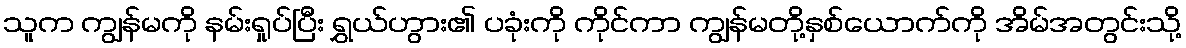
သူက ကျွန်မကို နမ်းရှုပ်ပြီး ရွှယ်ဟွား၏ ပခုံးကို ကိုင်ကာ ကျွန်မတို့နှစ်ယောက်ကို အိမ်အတွင်းသို့